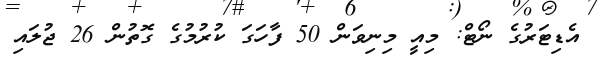
އެޑިޓަރުގެ ނޯޓް: މިއީ މިނިވަން 50 ފާހަގަ ކުރުމުގެ ގޮތުން 26 ޖުލައި